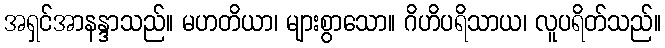
အရှင်အာနန္ဒာသည်။ မဟတိယာ၊ များစွာသော။ ဂိဟိပရိသာယ၊ လူပရိတ်သည်။